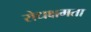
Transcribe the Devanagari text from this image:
रोधक्षमता